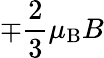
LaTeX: \mp{\frac{2}{3}}\mu_{\mathrm{{B}}}B